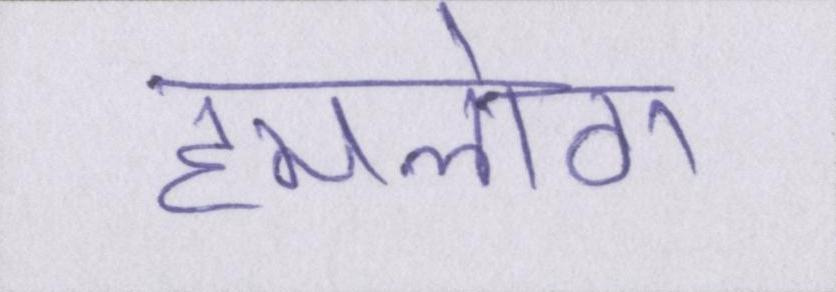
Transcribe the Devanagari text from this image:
हमलोग